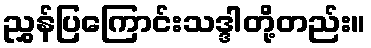
ညွှန်ပြကြောင်းသဒ္ဒါတို့တည်း။